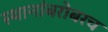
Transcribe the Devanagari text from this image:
स्थानांबरोबरच